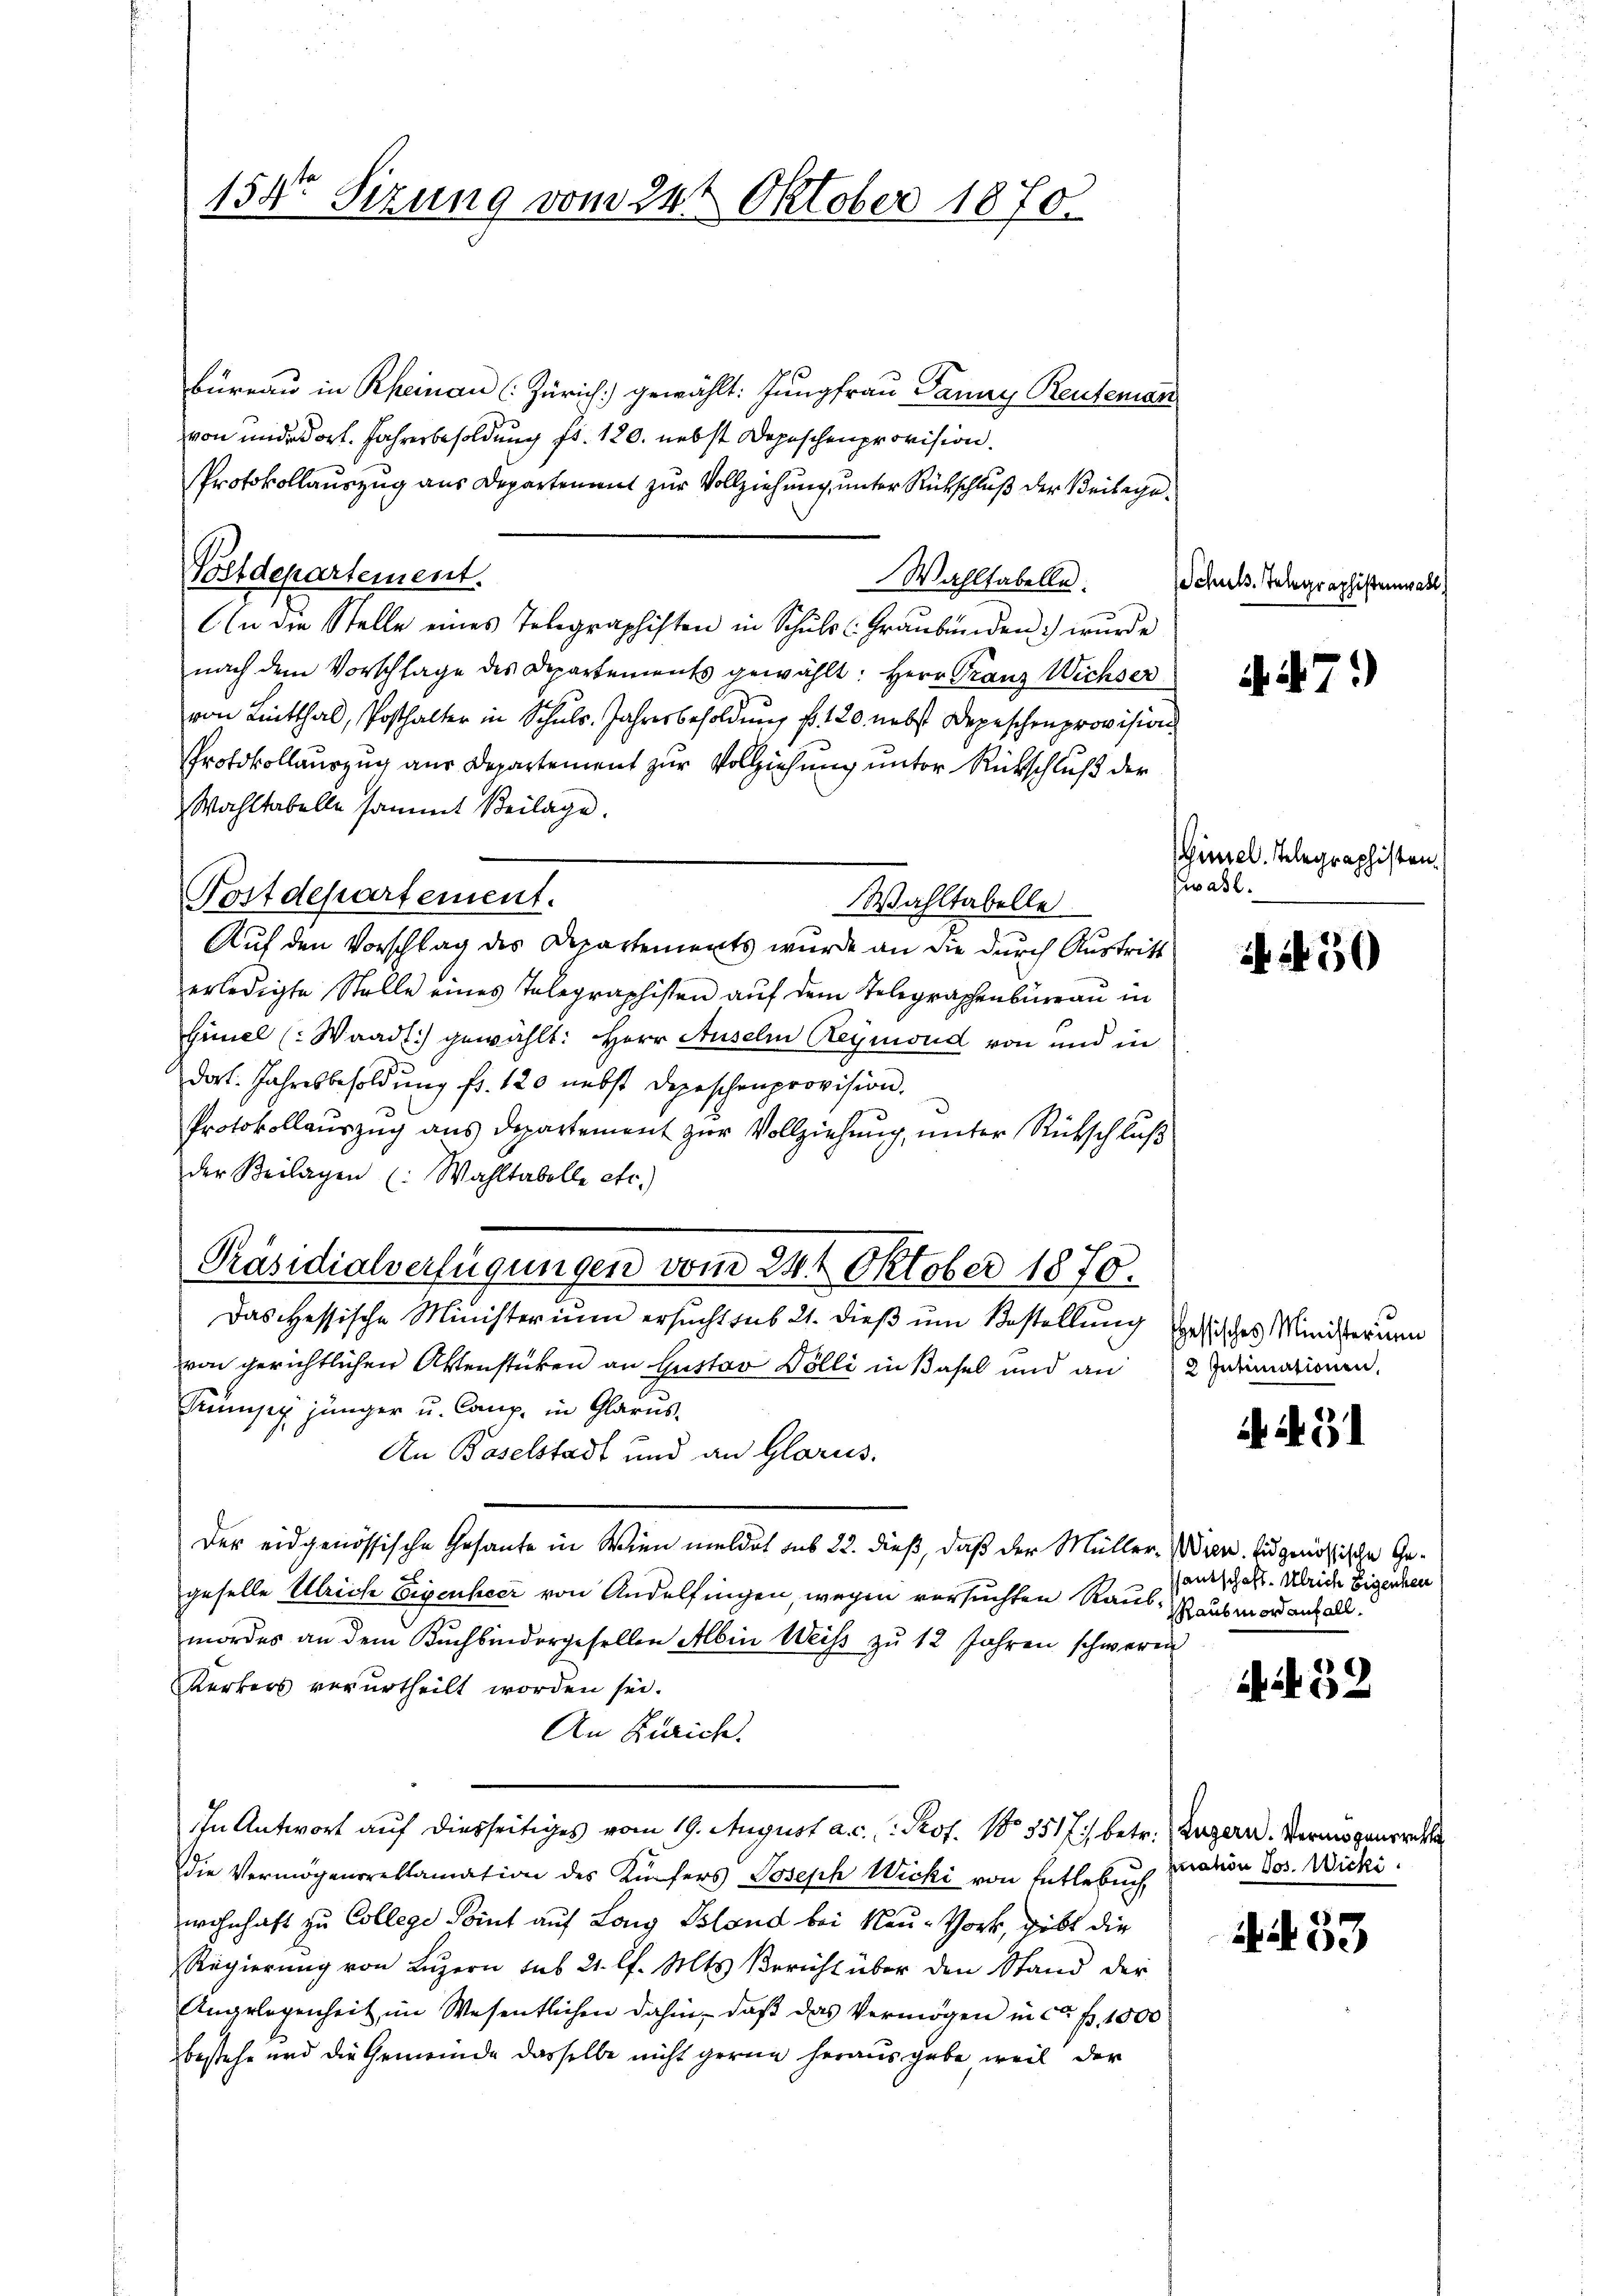
büreau in Rheinau (Zürich) gewählt: Jungfrau Pany Reutenan
von inde dort. Jahresbesoldung fr. 120. nebst Depeschenprovision.
Protokollauszug aus Departement zur Vollziehung, unter Rückschluß der Beilage¬
Wahlfabelle.
In die Stelle eines Telegraphisten in Schŭls Graubünden) wurde
nach dem Vorschlage des Departements gewählt: Herr Franz Wichser
von Linthal, Posthalter in Schuls. Jahresbesoldung fr. 120 nebst Depeschenprovision
Protokollauszug aus Departement zur Vollziehung unter Rückschluß der
Wahltabelle sammt Beilage.
Wahltabelle
Auf den Vorschlag des Departements wurde an die durch Austritt
erledigte Stelle eines Telegraphisten auf dem Telegraphenbüreau in
Gimel (Waadt) gewählt: Herr Auselm Reymond von und in
dort. Jahresbesoldung fr. 120 nebst Depeschenprovision.
Protokollauszug aus Departement zur Vollziehung, unter Rückschluß
der Beilagen (: Wahltabelle etc.)
Präsidialverfügungen vom 24 t Oktober 1870.
Das Hessische Ministerium ersucht sub 21. dieß um Bestellung esisches Ministerum
von gerichtlichen Aktenstücken an Gustav Dölli in Basel und an 2 Intimationen,
Kumpy jünger u. Comp. in Glarus,
An Baselstadt und an Glarus,
Der eidgenössische Gesante in Wien meldet aus 22. dieß, daß der Müller-Wien. Eidgenössische Geel
geselle Ulrich Eigenheer von Andelfingen, wegen versuchten Raub- Raubmord anfall.
mordes an dem Buchbindergesellen Albin Weiss zu 12 Jahren schweren
Kerkers verurtheilt worden sei.
An Zürich.
ihn Antwort auf diesseitiges vom 19. August a. c. . Prof. No 3517/ betr. Zugern. Vermögensrich
Die Vermögensreklamation des Künfers Joseph Wicki von Entlebuch
wohnhaft zu Collegi Point auf Long Pland bei Neu- Vork, dies die
Regierung von Luzern sub 21. l. Mts. Bericht über den Stand der
Angelegenheit im Wesentlichen dahin, daß das Vermögen in ca Fr. 1000
bestehe und die Gemeinde dasselbe nicht gerne herausgabe, weil der

Polldepartement.

154. Sizung vom 24t Oktober 1870

Postdepartement.

Schuls. Telegraphistenwall

47)

Himel. Telegraphisten.
Zwasl.

1450

A .

santschaft. Ulrich Eigenhei

32

pration Jos. Wicki.

453